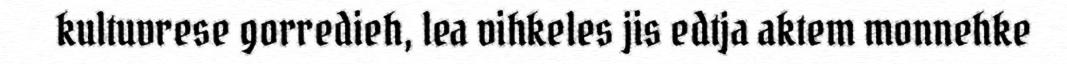
kultuvrese gorredieh, lea vihkeles jis edtja aktem monnehke